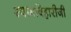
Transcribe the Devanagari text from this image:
श्यामबिहारीजी